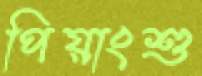
পিয়াংশু